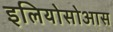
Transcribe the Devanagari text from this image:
इलियोसोआस